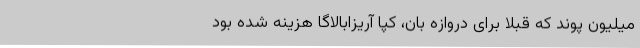
میلیون پوند که قبلا برای دروازه بان، کپا آریزابالاگا هزینه شده بود